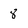
Character: 8